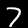
Label: 7